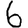
Digit: 6